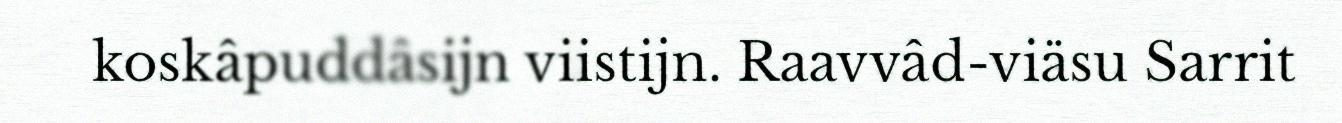
koskâpuddâsijn viistijn. Raavvâd-viäsu Sarrit